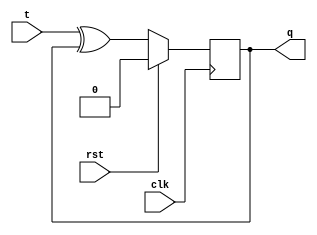
`timescale 1ns / 1ps
//////////////////////////////////////////////////////////////////////////////////

// ID          : N180116
//Branch       : ECE
//Project Name : RTL design using Verilog
//Design  Name : T FLIPFLOP
//Module  Name : T_FF
//RGUKT NUZVID 
//////////////////////////////////////////////////////////////////////////////////


module T_FF(clk,rst,t,q);
input clk,rst,t;
output reg q;

always@(posedge clk) begin
    if(rst)
        q<=0;
    else
        q<=t^q;
end
endmodule